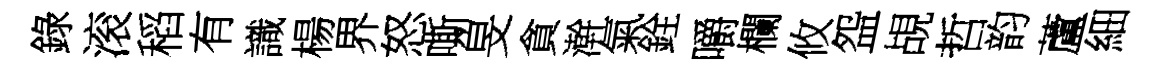
錄滚稻有識楊界怒嘶旻貪澣氣銓嚼欄攸盌覘哲韵蘆細